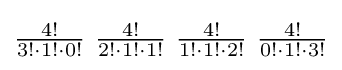
\textstyle {4! \over 3!\cdot 1!\cdot 0!}\ {4! \over 2!\cdot 1!\cdot 1!}\ {4! \over 1!\cdot 1!\cdot 2!}\ {4! \over 0!\cdot 1!\cdot 3!}